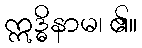
ဣဒ္ဓိနာမ၊ ၏။